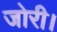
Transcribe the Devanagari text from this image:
जोरी।